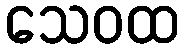
သေဝထ